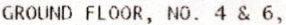
GROUND FLOOR, NO. 4 & 6,